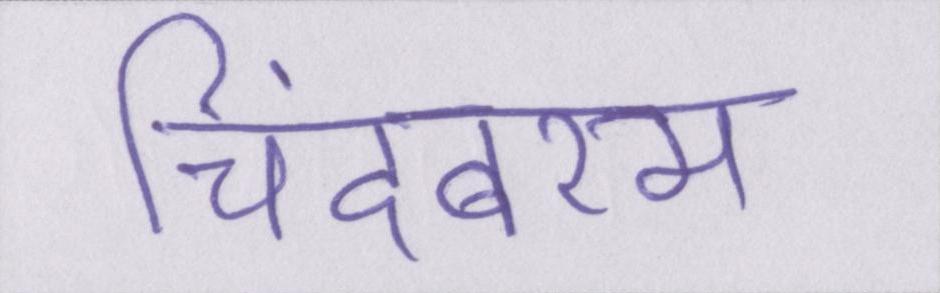
चिदंबरम